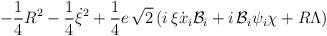
LaTeX: \begin{align*}-\frac{1}{4}R^{2}-\frac{1}{4}\dot{\xi }^{2}+\frac{1}{4}e\, \sqrt{2}\left(i\, \xi \dot{x}_{i}{\cal {B}}_{i}+i\, {\cal {B}}_{i}\psi _{i}\chi +R\Lambda\right)\end{align*}